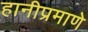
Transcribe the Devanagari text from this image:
हानीप्रमाणे